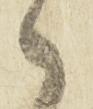
々